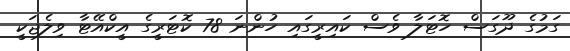
ގަމުގެ ދޫގަސް ހޮޓަލާ ވެސް ކައިރީގައި ހުންނަ 78 ކޮޓަރީގެ އީކްއޭޓާ ވިލެޖަކީ